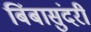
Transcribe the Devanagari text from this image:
बिंबासुंदरी